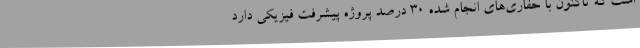
است که تاکنون با حفاری‌های انجام شده 30 درصد پروژه پیشرفت فیزیکی دارد